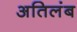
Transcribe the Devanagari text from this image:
अतिलंब